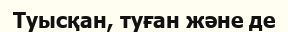
Туысқан, туған және де